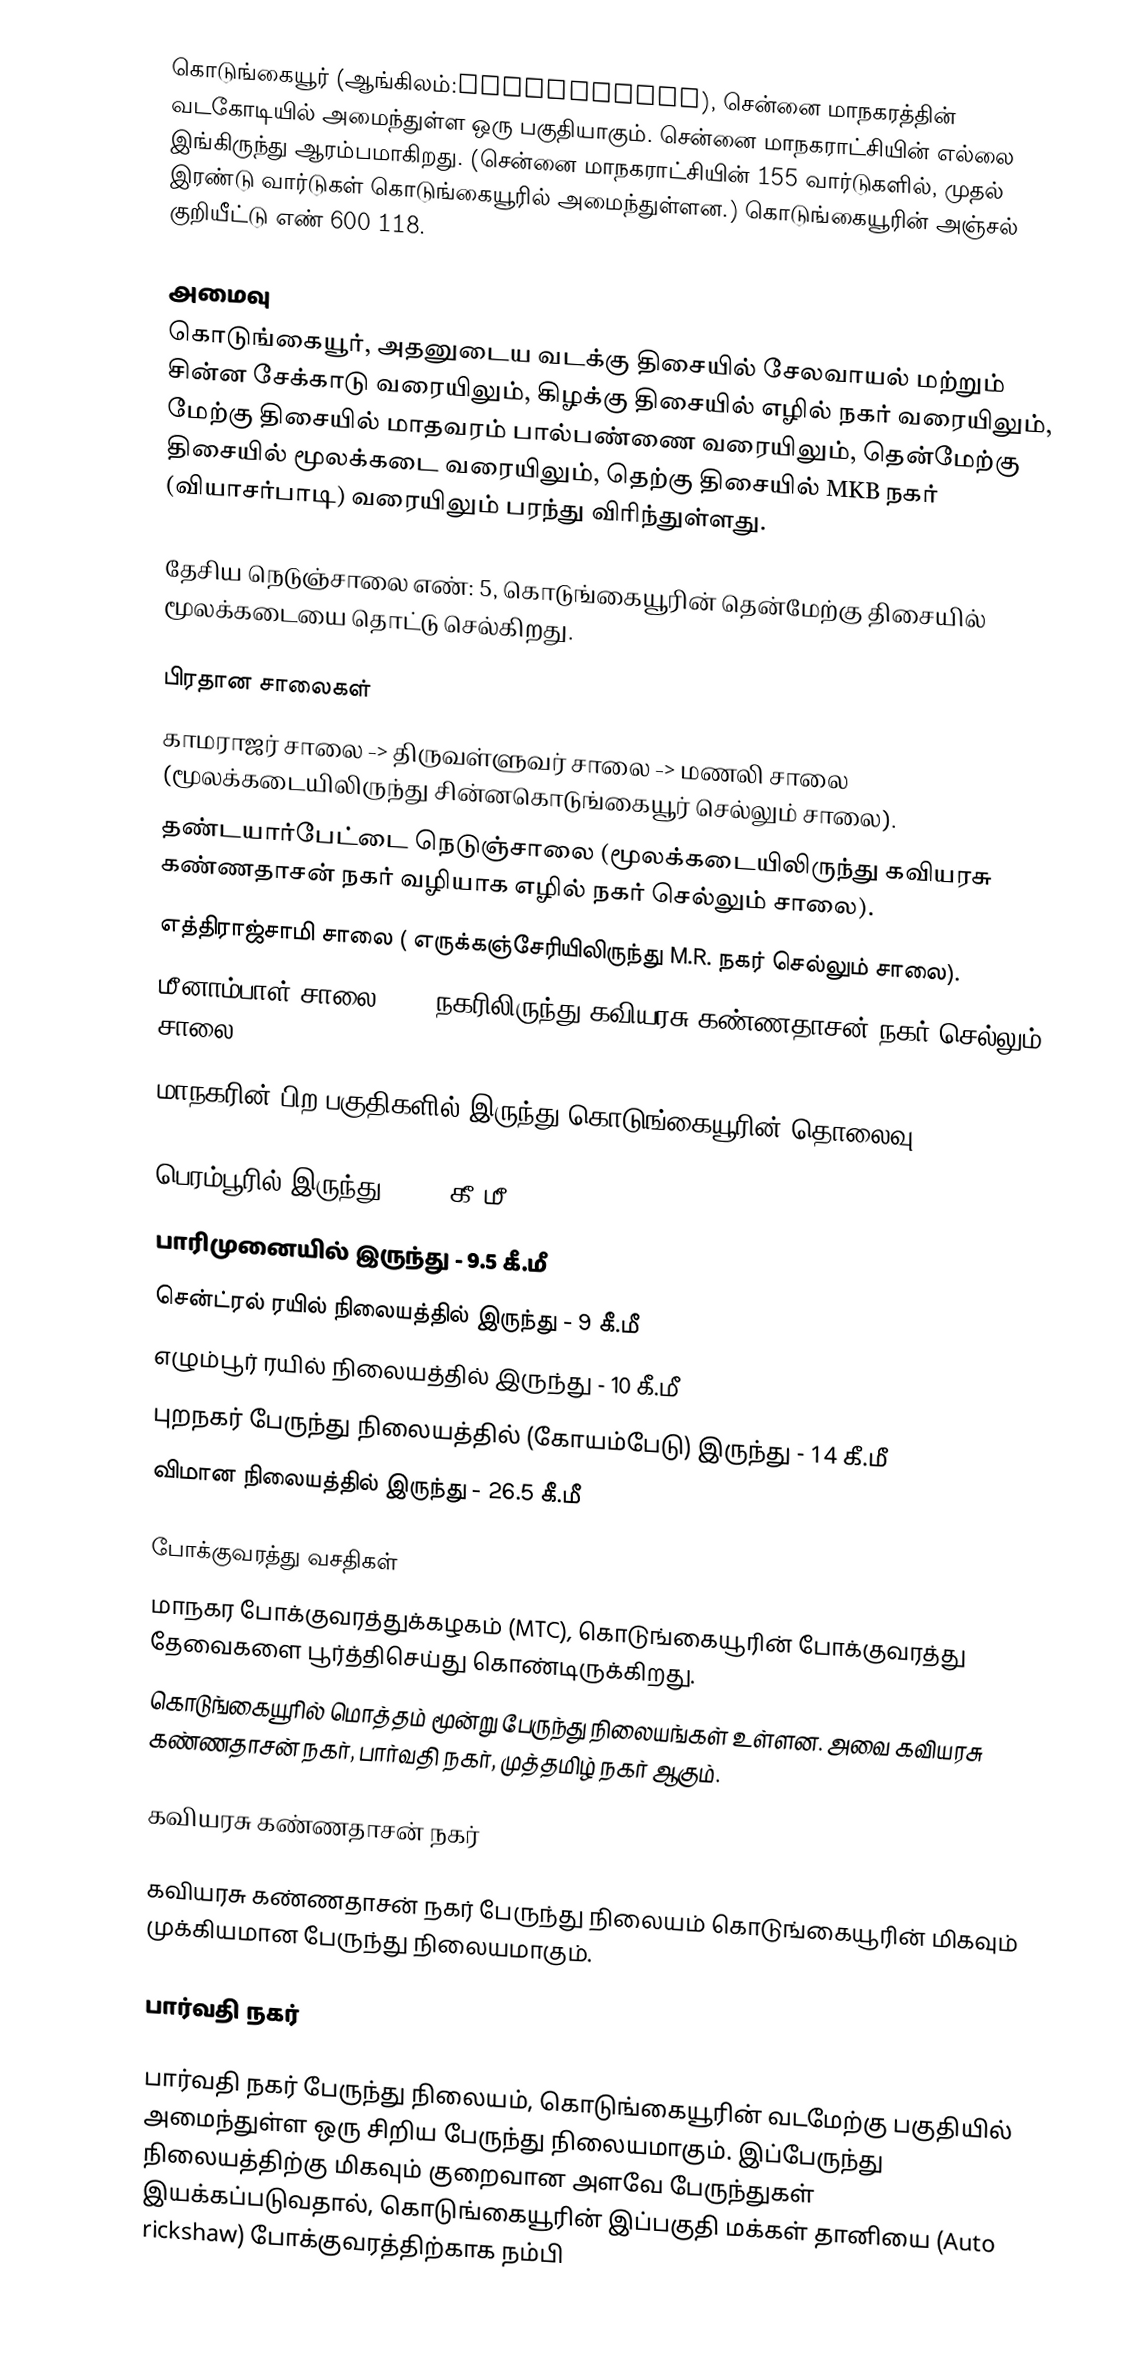
கொடுங்கையூர் (ஆங்கிலம்:Kodungaiyur), சென்னை மாநகரத்தின் வடகோடியில் அமைந்துள்ள ஒரு பகுதியாகும். சென்னை மாநகராட்சியின் எல்லை இங்கிருந்து ஆரம்பமாகிறது. (சென்னை மாநகராட்சியின் 155 வார்டுகளில், முதல் இரண்டு வார்டுகள் கொடுங்கையூரில் அமைந்துள்ளன.) கொடுங்கையூரின் அஞ்சல் குறியீட்டு எண் 600 118.

அமைவு
கொடுங்கையூர், அதனுடைய வடக்கு திசையில் சேலவாயல் மற்றும் சின்ன சேக்காடு வரையிலும், கிழக்கு திசையில் எழில் நகர் வரையிலும், மேற்கு திசையில் மாதவரம் பால்பண்ணை வரையிலும், தென்மேற்கு திசையில் மூலக்கடை வரையிலும், தெற்கு திசையில் MKB நகர் (வியாசர்பாடி) வரையிலும் பரந்து விரிந்துள்ளது.

தேசிய நெடுஞ்சாலை எண்: 5, கொடுங்கையூரின் தென்மேற்கு திசையில் மூலக்கடையை தொட்டு செல்கிறது.

பிரதான சாலைகள்
 காமராஜர் சாலை -> திருவள்ளுவர் சாலை -> மணலி சாலை (மூலக்கடையிலிருந்து சின்னகொடுங்கையூர் செல்லும் சாலை).
 தண்டயார்பேட்டை நெடுஞ்சாலை (மூலக்கடையிலிருந்து கவியரசு கண்ணதாசன் நகர் வழியாக எழில் நகர் செல்லும் சாலை).
 எத்திராஜ்சாமி  சாலை ( எருக்கஞ்சேரியிலிருந்து M.R. நகர் செல்லும் சாலை).
 மீனாம்பாள் சாலை (MKB நகரிலிருந்து கவியரசு கண்ணதாசன் நகர் செல்லும் சாலை).

மாநகரின் பிற பகுதிகளில் இருந்து கொடுங்கையூரின் தொலைவு

 பெரம்பூரில் இருந்து - 4.5 கீ.மீ
 பாரிமுனையில் இருந்து - 9.5 கீ.மீ
 சென்ட்ரல் ரயில் நிலையத்தில் இருந்து - 9 கீ.மீ
 எழும்பூர் ரயில் நிலையத்தில் இருந்து - 10 கீ.மீ
 புறநகர் பேருந்து நிலையத்தில் (கோயம்பேடு) இருந்து - 14 கீ.மீ
 விமான நிலையத்தில் இருந்து - 26.5 கீ.மீ

போக்குவரத்து வசதிகள்
மாநகர போக்குவரத்துக்கழகம் (MTC), கொடுங்கையூரின் போக்குவரத்து தேவைகளை பூர்த்திசெய்து கொண்டிருக்கிறது.
கொடுங்கையூரில் மொத்தம் மூன்று பேருந்து நிலையங்கள் உள்ளன. அவை கவியரசு கண்ணதாசன் நகர், பார்வதி நகர், முத்தமிழ் நகர் ஆகும்.

கவியரசு கண்ணதாசன் நகர்

கவியரசு கண்ணதாசன் நகர் பேருந்து நிலையம் கொடுங்கையூரின்  மிகவும் முக்கியமான பேருந்து நிலையமாகும்.

பார்வதி நகர்

பார்வதி நகர் பேருந்து நிலையம், கொடுங்கையூரின்  வடமேற்கு பகுதியில் அமைந்துள்ள ஒரு சிறிய பேருந்து நிலையமாகும். இப்பேருந்து நிலையத்திற்கு மிகவும் குறைவான அளவே பேருந்துகள் இயக்கப்படுவதால், கொடுங்கையூரின் இப்பகுதி மக்கள் தானியை (Auto rickshaw) போக்குவரத்திற்காக நம்பி